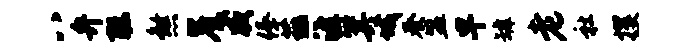
八弁聪煞崖威俸薤涯箕城奏盟早罅老社攫